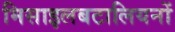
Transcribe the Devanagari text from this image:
मिसाइलबटालियनों